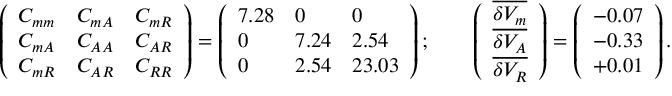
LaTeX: \left( \begin{array} { l l l } { { C _ { m m } } } & { { C _ { m A } } } & { { C _ { m R } } } \\ { { C _ { m A } } } & { { C _ { A A } } } & { { C _ { A R } } } \\ { { C _ { m R } } } & { { C _ { A R } } } & { { C _ { R R } } } \end{array} \right) = \left( \begin{array} { l l l } { { 7 . 2 8 } } & { { 0 } } & { { 0 } } \\ { { 0 } } & { { 7 . 2 4 } } & { { 2 . 5 4 } } \\ { { 0 } } & { { 2 . 5 4 } } & { { 2 3 . 0 3 } } \end{array} \right) ; \qquad \left( \begin{array} { l } { { \overline { { { \delta V _ { m } } } } } } \\ { { \overline { { { \delta V _ { A } } } } } } \\ { { \overline { { { \delta V _ { R } } } } } } \end{array} \right) = \left( \begin{array} { l } { { - 0 . 0 7 } } \\ { { - 0 . 3 3 } } \\ { { + 0 . 0 1 } } \end{array} \right) .